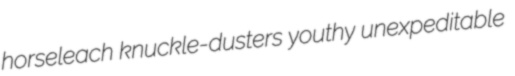
horseleach knuckle-dusters youthy unexpeditable